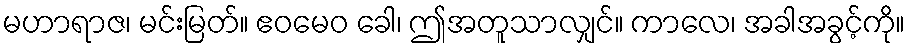
မဟာရာဇ၊ မင်းမြတ်။ ဧဝမေဝ ခေါ၊ ဤအတူသာလျှင်။ ကာလေ၊ အခါအခွင့်ကို။